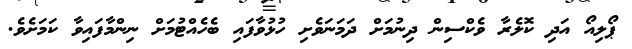
ޕޯލިއޯ އަދި ކޮލެރާ ވެކްސިން ދިނުމަށް ދަމަނަވެށި ހުޅުވާފައި ބެހެއްޓުމަށް ނިންމާފައިވާ ކަމަށެވެ.